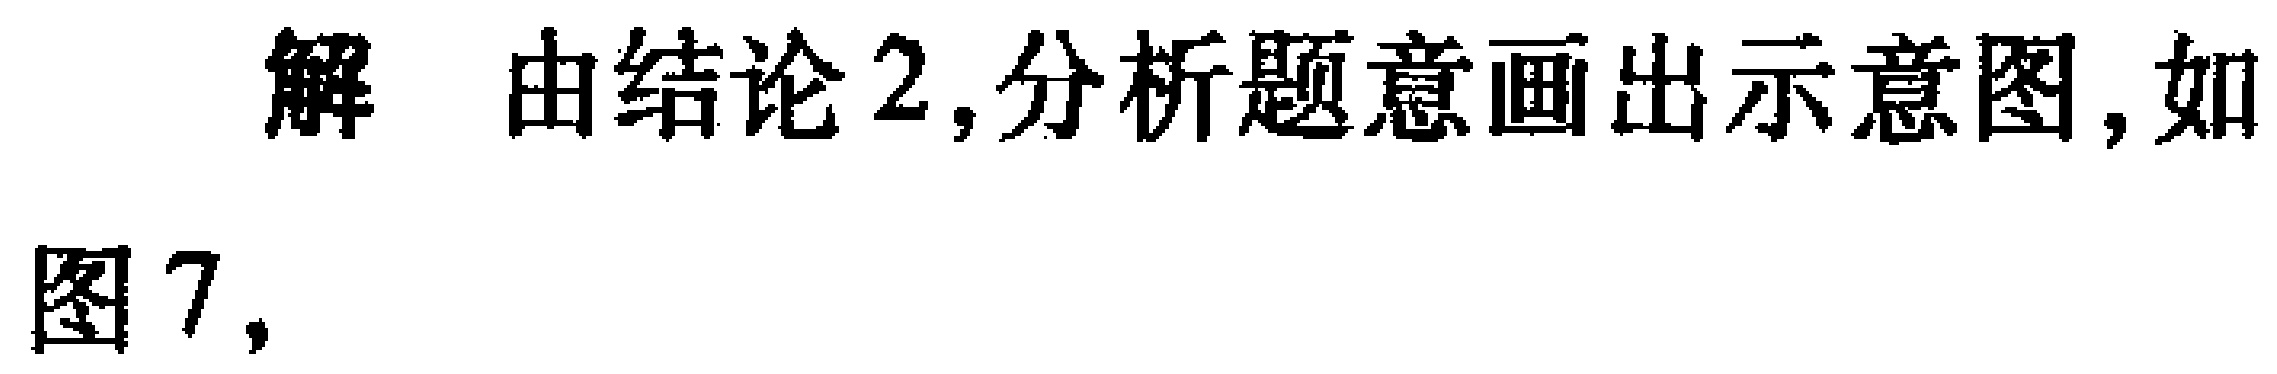
解 由结论2,分析题意画出示意图,如图7,